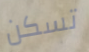
تسكن